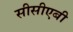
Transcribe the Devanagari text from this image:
सीसीएबी